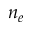
n _ { e }